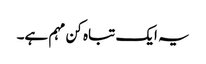
یہ ایک تباہ کن مہم ہے۔